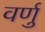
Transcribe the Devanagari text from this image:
वर्णु